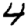
Digit: 4